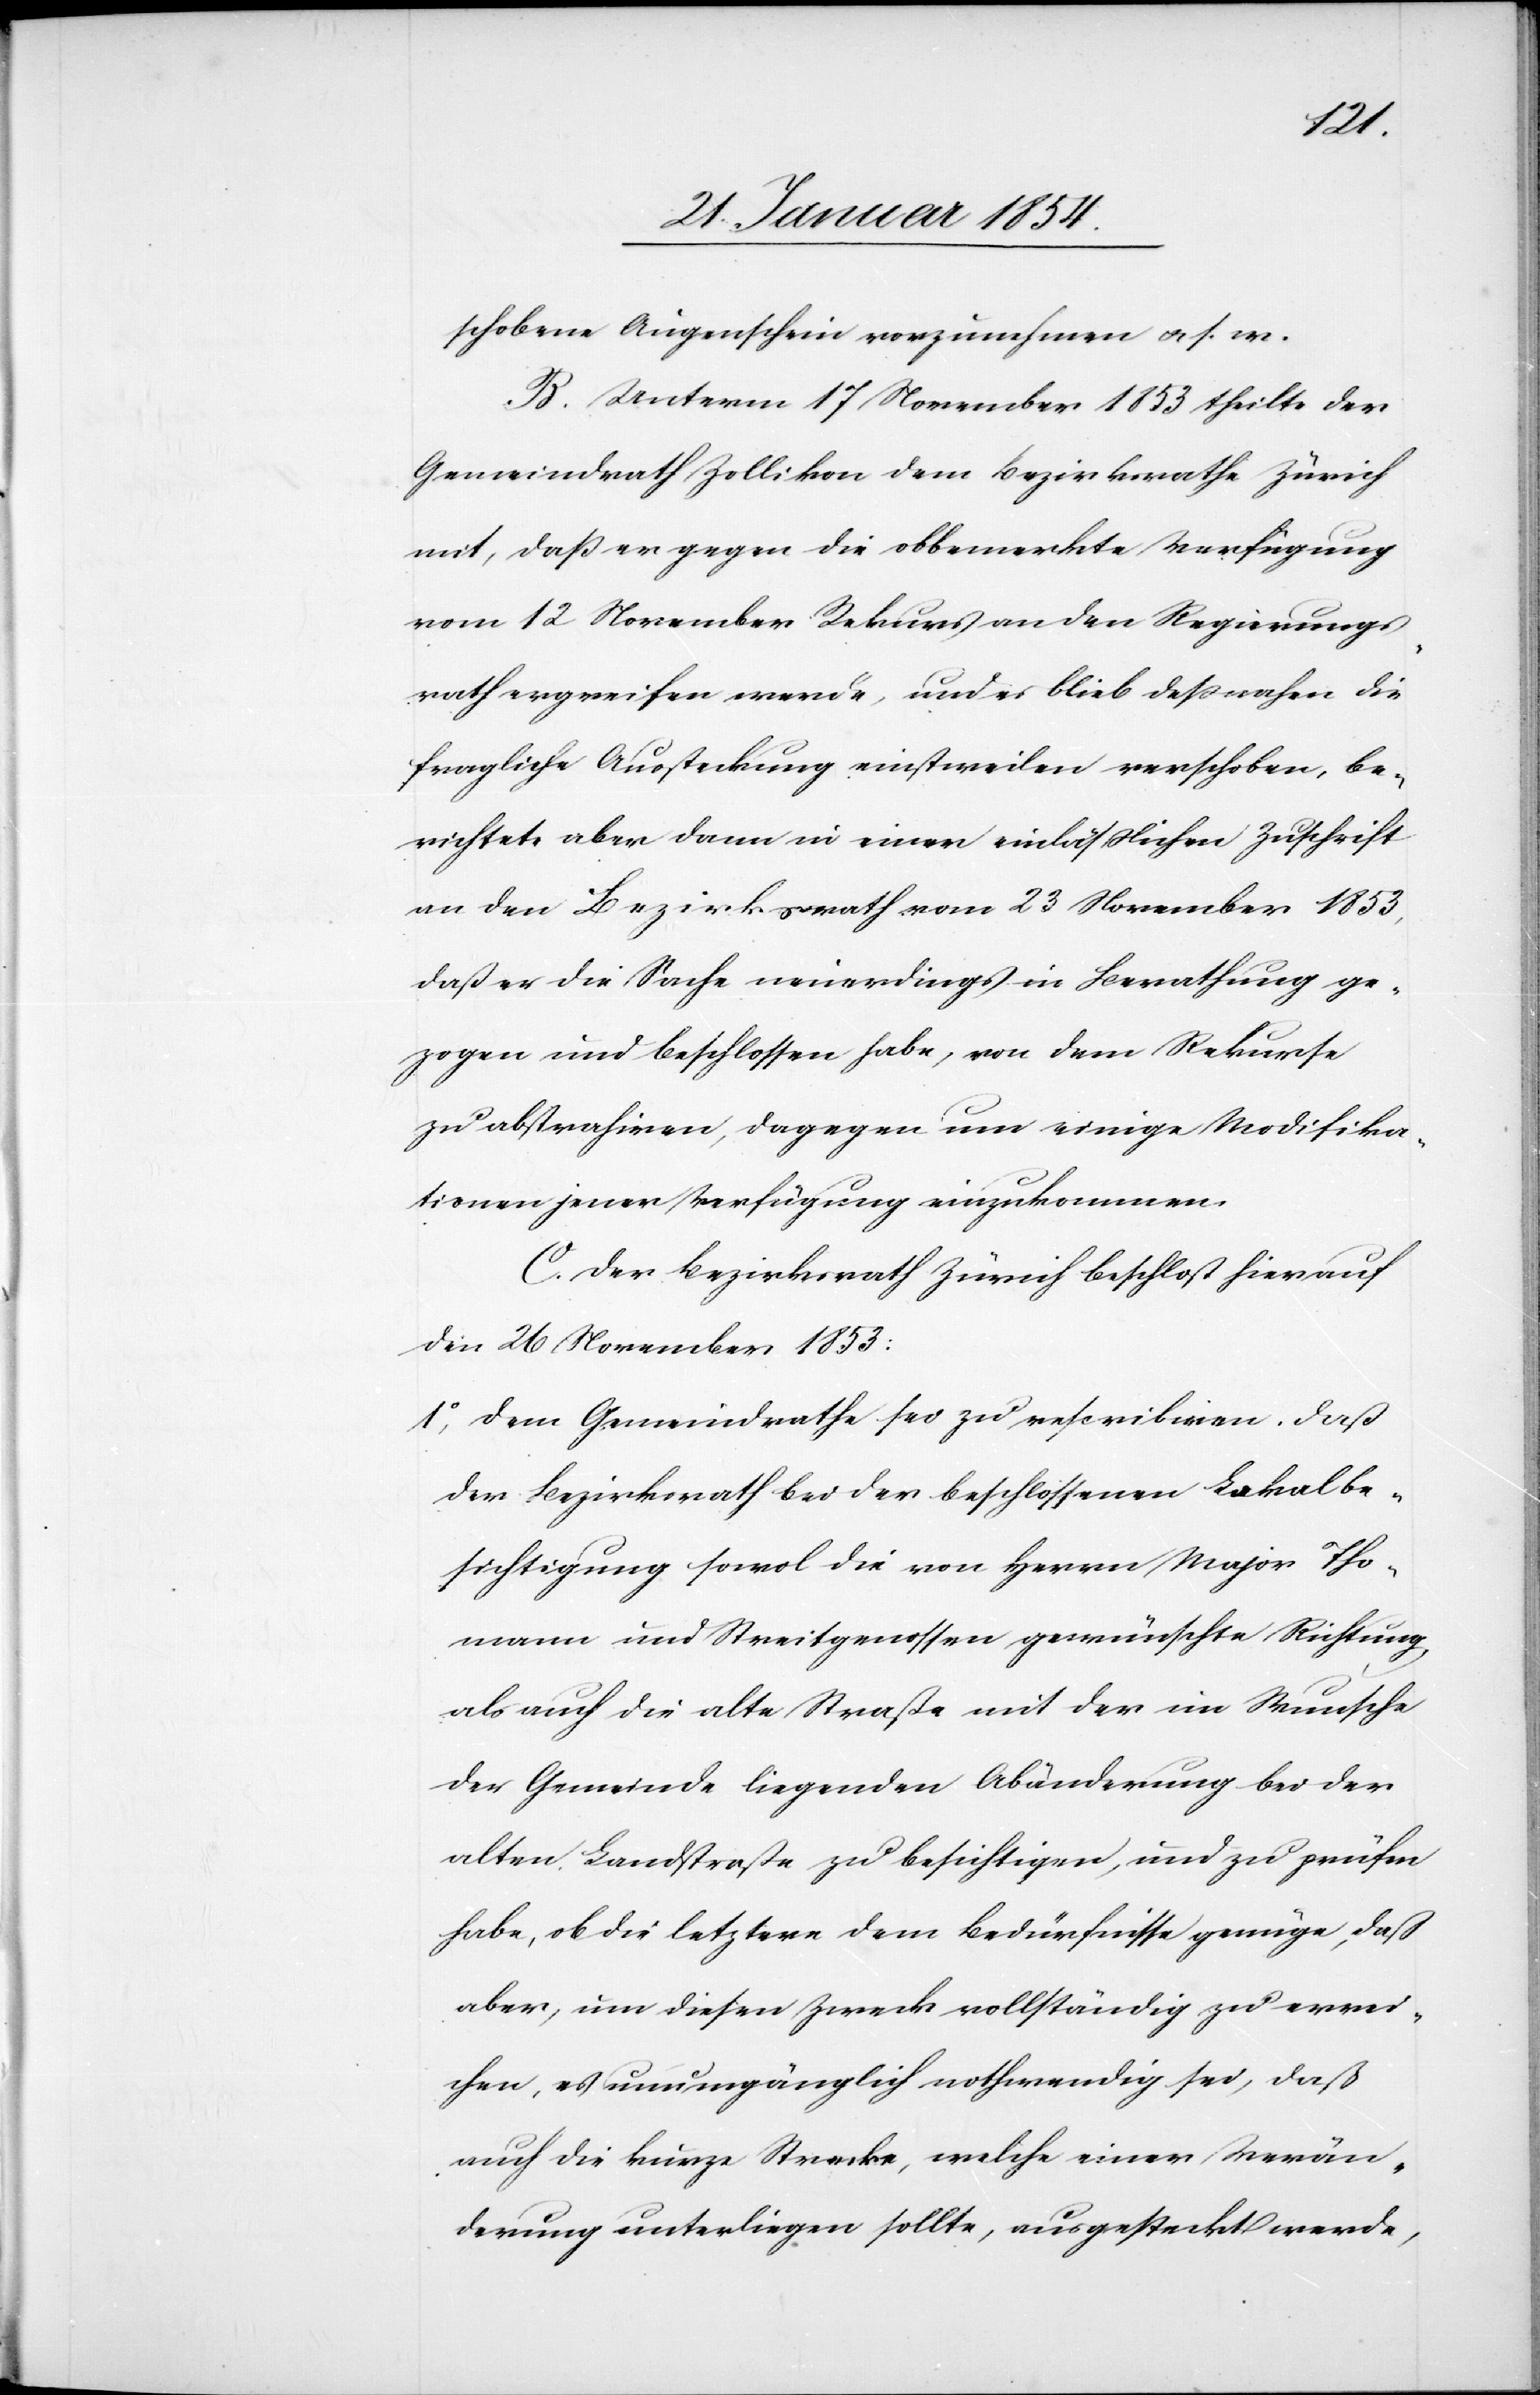
schobene Augenschein vorzunehmen u. s. w.
B. Unterm 17 November 1853 theilte der
Gemeindrath Zollikon dem Bezirksrathe Zürich
mit, daß er gegen die obbemerkte Verfügung
vom 12 November Rekurs an den Regierungs¬
rath ergreifen werden, und es blieb deßnahen die
fragliche Aussteckung einstweilen verschoben, be¬
richtete aber dann in einer einläßlichen Zuschrift
an den Bezirksrath vom 23 November 1853,
daß er die Sache neuerdings in Berathung ge¬
zogen und beschlossen habe, von dem Rekurse
zu abstrahiren, dagegen um einige Modifika¬
tionen jener Verfügung einzukommen.
C. Der Bezirksrath Zürich beschloß hierauf
den 26 November 1853:
1o Dem Gemeindrathe sei zu rescribiren, daß
der Bezirksrath bei der beschlossenen Lokalbe¬
sichtigung sowol die von Herrn Major Tho¬
mann und Streitgenossen gewünschte Richtung,
als auch die alte Straße mit der im Wunsche
der Gemeinde liegenden Abänderung bei der
alten Landstraße zu besichtigen, und zu prüfen
habe, ob die letztere dem Bedürfnisse genüge, daß
aber, um diesen Zweck vollständig zu errei¬
chen, es unumgänglich nothwendig sei, daß
auch die kurze Strecke, welche einer Verän¬
derung unterliegen sollte, ausgesteckt werde,